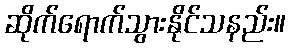
ဆိုက်ရောက်သွားနိုင်သနည်း။